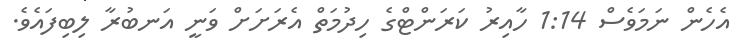
އެހެން ނަމަވެސް 1:14 ހާއިރު ކަރަންޓްގެ ހިދުމަތް އެރަށަށް ވަނީ އަނބުރާ ލިބިފައެވެ.